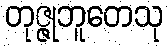
တုဇ္ဇုဘူတေသု